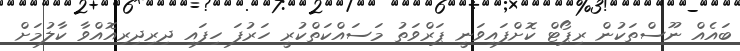
ބައެއް ނޫސްތަކުން ރިޕޯޓް ކޮށްފައިވަނީ ޕަރްވަތު މަސައްކަތްކުރީ ހަރުފަ ހިފައި ދިރިދިރިއޮއްވާ ކާލުމަށް